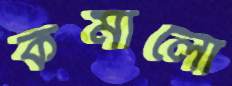
কমালো